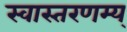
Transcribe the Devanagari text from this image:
स्वास्तरणम्य्